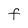
Character: F